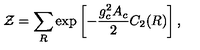
{ \cal Z } = \sum _ { R } \exp \left[ - { \frac { g _ { c } ^ { 2 } A _ { c } } { 2 } } C _ { 2 } ( R ) \right] ,